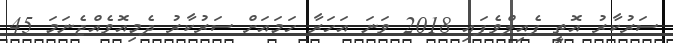
ސަރުކާރު އޮތީ ފެއިލްވެފައި 2018 ވަނަ އަހަރާ ހަމައަށް ސަރުކާރު ދެމިއޮވެއްޖެނަމަ 45